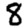
Digit: 8